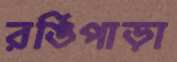
রঙিপাড়া